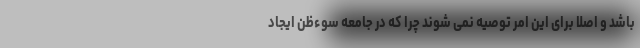
باشد و اصلا برای این امر توصیه نمی شوند چرا که در جامعه سوءظن ایجاد